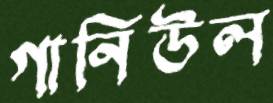
গানিউল